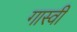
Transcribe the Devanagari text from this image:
गास्वी